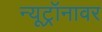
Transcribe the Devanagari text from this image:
न्यूट्रॉनावर